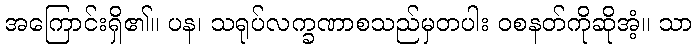
အကြောင်းရှိ၏။ ပန၊ သရုပ်လက္ခဏာစသည်မှတပါး ဝစနတ်ကိုဆိုအံ့။ သာ